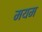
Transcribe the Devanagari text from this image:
मयम